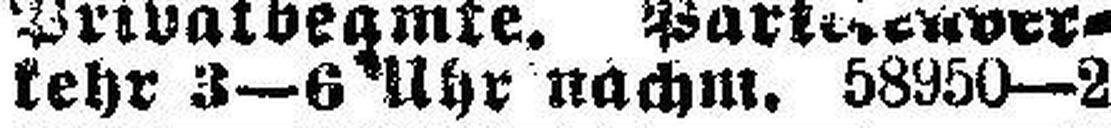
kehr 3—6 Uhr nachm. 58950—2